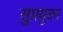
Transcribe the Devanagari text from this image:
सुप्रयुक्ता